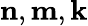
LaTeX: {\mathbf{n}},{\mathbf{m}},{\mathbf{k}}